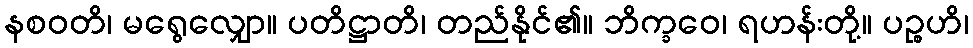
နစဝတိ၊ မရွေလျှော။ ပတိဋ္ဌာတိ၊ တည်နိုင်၏။ ဘိက္ခဝေ၊ ရဟန်းတို့။ ပဉ္စဟိ၊